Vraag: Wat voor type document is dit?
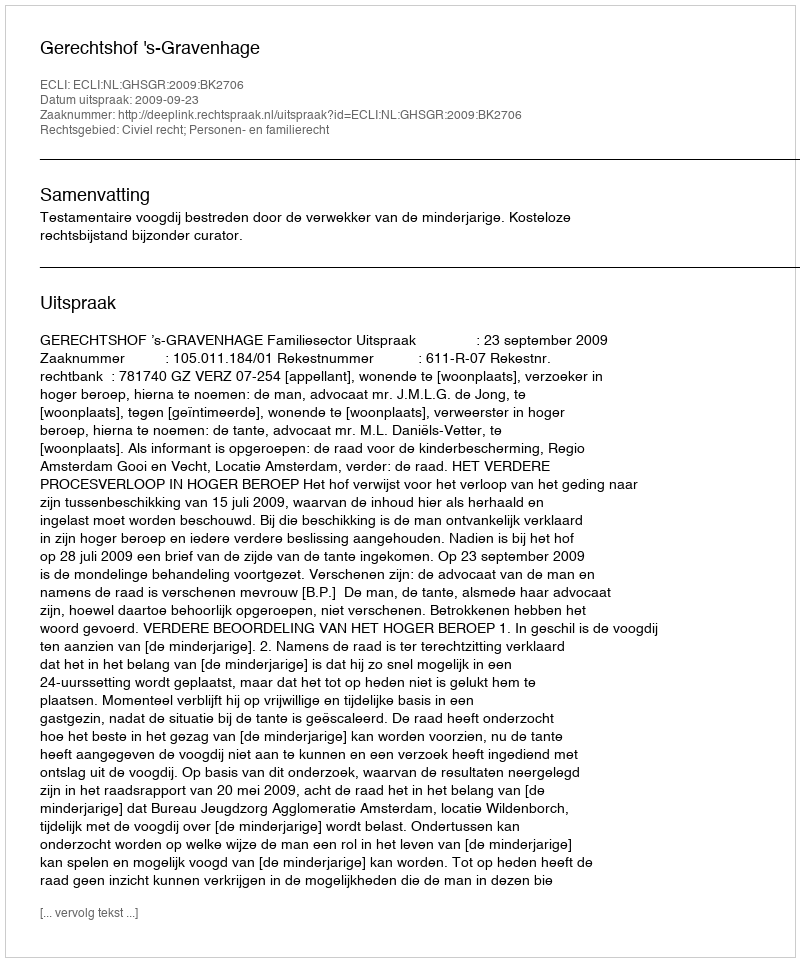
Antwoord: Uitspraak